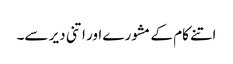
اتنے کام کے مشورے اور اتنی دیر سے۔